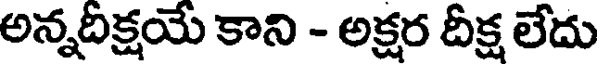
అన్నదిక్షయే కాని - అక్షర దీక్ష లేదు